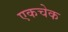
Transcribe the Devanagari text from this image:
एकचेक